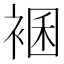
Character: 𧛃